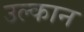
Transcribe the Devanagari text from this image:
उल्कान